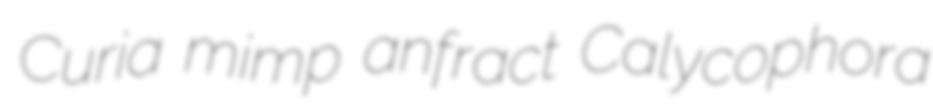
Curia mimp anfract Calycophora